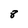
Character: 8